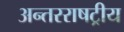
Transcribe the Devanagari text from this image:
अन्तरराषट्रीय